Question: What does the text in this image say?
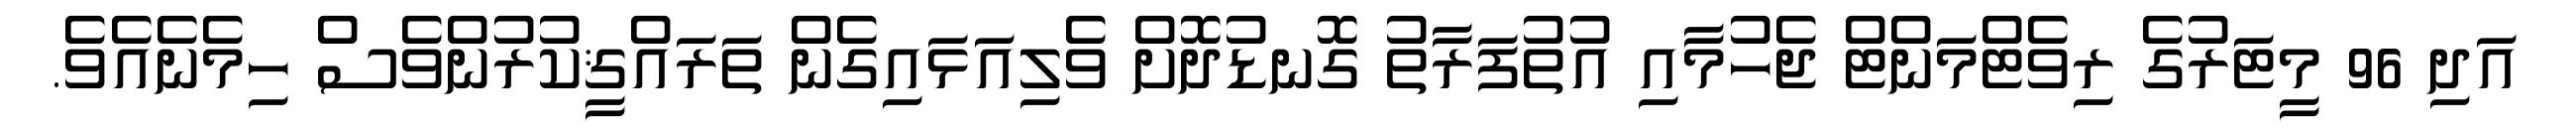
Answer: އަދި 96 މީޓަރުގެ ރިވެޓްމަންޓް ޖެހުމާއި އުތުފަރާތު ގޮނޑުދޮށް ވެލިއަޅައިގެން ތަރައްޤީކުރުންވެސް ހިމެނެއެވެ.